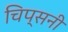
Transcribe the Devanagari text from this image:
चिप्सनी